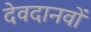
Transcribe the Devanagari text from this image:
देवदानवों